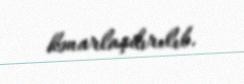
kənarlaşdırılıb.